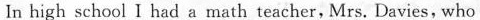
In high school I had a math teacher, Mrs. Davies, who